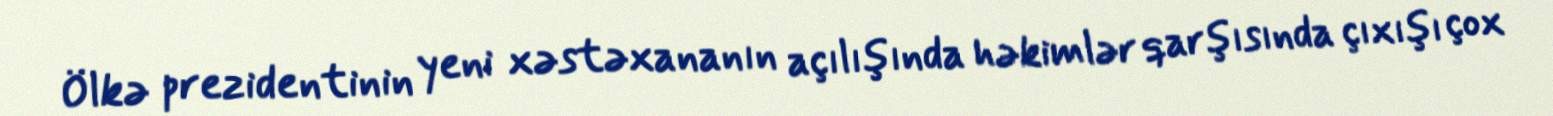
Ölkə prezidentinin yeni xəstəxananın açılışında həkimlər qarşısında çıxışı çox